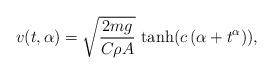
LaTeX: \begin{align*}v(t,\alpha) = \sqrt{\frac{2mg}{C\rho A}}\, \tanh(c\,(\alpha + t^\alpha)),\end{align*}